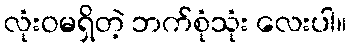
လုံးဝမရှိတဲ့ ဘက်စုံသုံး လေးပါ။